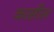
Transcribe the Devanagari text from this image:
कासील